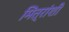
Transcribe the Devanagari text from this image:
मित्रांशी